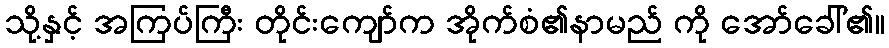
သို့နှင့် အကြပ်ကြီး တိုင်းကျော်က အိုက်စံ၏နာမည် ကို အော်ခေါ်၏။